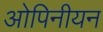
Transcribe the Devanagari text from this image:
ओपिनीयन